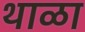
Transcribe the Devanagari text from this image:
थाळा